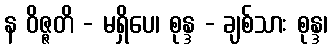
န ဝိဇ္ဇတိ - မရှိပေ၊ စုန္ဒ - ချစ်သား စုန္ဒ၊